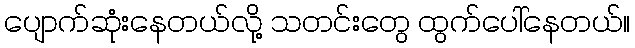
ပျောက်ဆုံးနေတယ်လို့ သတင်းတွေ ထွက်ပေါ်နေတယ်။